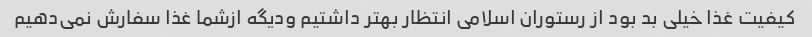
کیفیت غذا خیلی بد بود از رستوران اسلامی انتظار بهتر داشتیم ودیگه ازشما غذا سفارش نمی‌دهیم